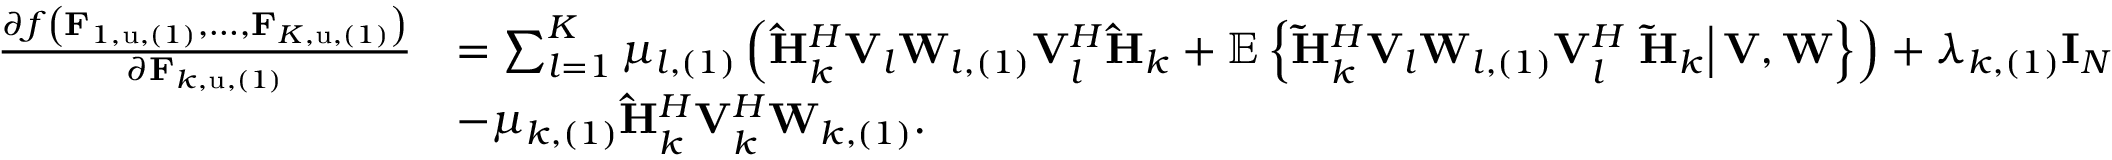
\begin{array} { r l } { \frac { \partial f \left( \mathbf { F } _ { 1 , \mathrm { u } , ( 1 ) } , \dots , \mathbf { F } _ { K , \mathrm { u } , ( 1 ) } \right) } { \partial \mathbf { F } _ { k , \mathrm { u } , ( 1 ) } } } & { = \sum _ { l = 1 } ^ { K } { \mu _ { l , ( 1 ) } \left( \mathbf { \hat { H } } _ { k } ^ { H } \mathbf { V } _ { l } \mathbf { W } _ { l , ( 1 ) } \mathbf { V } _ { l } ^ { H } \mathbf { \hat { H } } _ { k } + \mathbb { E } \left\{ \mathbf { \tilde { H } } _ { k } ^ { H } \mathbf { V } _ { l } \mathbf { W } _ { l , ( 1 ) } \mathbf { V } _ { l } ^ { H } \left. \mathbf { \tilde { H } } _ { k } \right| \mathbf { V } , \mathbf { W } \right\} \right) } + \lambda _ { k , ( 1 ) } \mathbf { I } _ { N } } \\ & { - \mu _ { k , ( 1 ) } \mathbf { \hat { H } } _ { k } ^ { H } \mathbf { V } _ { k } ^ { H } \mathbf { W } _ { k , ( 1 ) } . } \end{array}